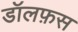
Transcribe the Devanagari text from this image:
डॉलफ़स